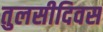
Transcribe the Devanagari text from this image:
तुलसीदिवस